Punjab Mental Hospital Lahore 1922-31 - 1922-1931
Year: 1922
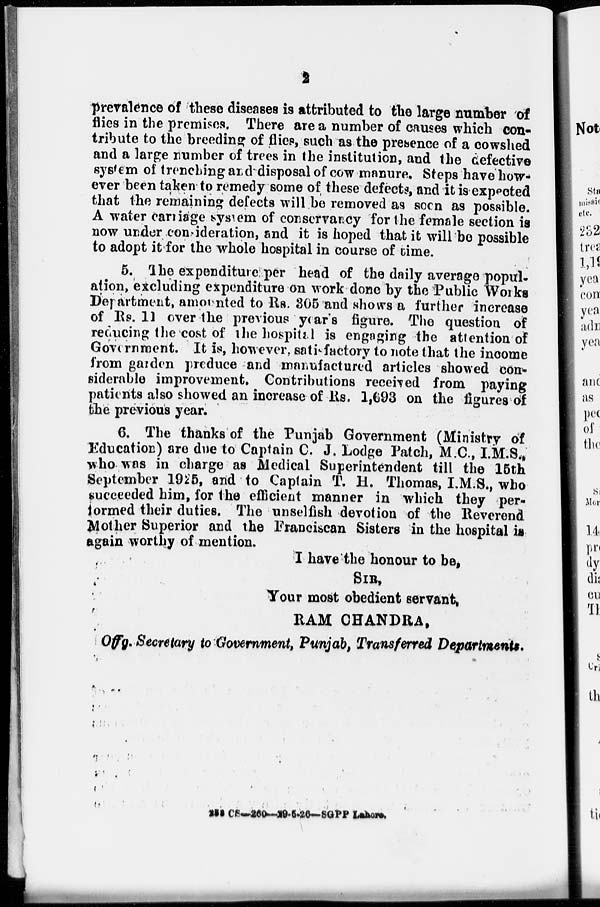
2
prevalence of these diseases is attributed to the large number of
flies in the premises. There are a number of causes which con-
tribute to the breeding of flies, such as the presence of a cowshed
and a large number of trees in the institution, and the defective
system of trenching and disposal of cow manure. Steps have how-
ever been taken to remedy some of these defects, and it is expected
that the remaining defects will be removed as soon as possible.
A water carriage system of conservancy for the female section is
now under consideration, and it is hoped that it will be possible
to adopt it for the whole hospital in course of time.
5. The expenditure per head of the daily average popul-
ation, excluding expenditure on work done by the Public Works
Department, amounted to Rs. 305 and shows a further increase
of Rs. 11 over the previous year's figure. The question of
reducing the cost of the hospital is engaging the attention of
Government. It is, however, satisfactory to note that the income
from garden produce and manufactured articles showed con-
siderable improvement. Contributions received from paying
patients also showed an increase of Rs. 1,693 on the figures of
the previous year.
6. The thanks of the Punjab Government (Ministry of
Education) are due to Captain C. J. Lodge Patch, M.C., I.M.S.
who was in charge as Medical Superintendent till the 15th
September 1925, and to Captain T. H. Thomas, I.M.S., who
succeeded him, for the efficient manner in which they per-
-ormed their duties. The unselfish devotion of the Reverend
Mother Superior and the Franciscan Sisters in the hospital is
again worthy of mention.
I have the honour to be,
SIR,
Your most obedient servant,
RAM CHANDRA,
Offg. Secretary to Government, Punjab, Transferred Departments.
255 CS-260—29-5-26-SGPP Lahore.